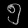
Digit: ၅